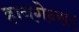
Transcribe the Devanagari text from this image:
हायगेन्स।